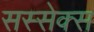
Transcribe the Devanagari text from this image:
सस्सेक्स